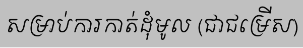
សម្រាប់ការកាត់ដុំមូល (ជាជម្រើស)